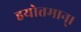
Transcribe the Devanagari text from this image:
हयोत्तमान्।